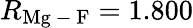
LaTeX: R_{\mathrm{Mg\mathrm{~-~}F}}=1.800